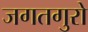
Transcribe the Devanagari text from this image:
जगतगुरो